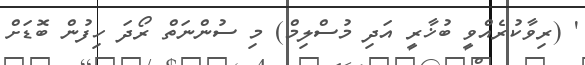
' (ރިވާކުރެއްވީ ބުޚާރީ އަދި މުސްލިމް) މި ސުންނަތް ރޯދަ ހިފުން ބޮޑަށް